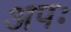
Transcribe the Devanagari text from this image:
अपः